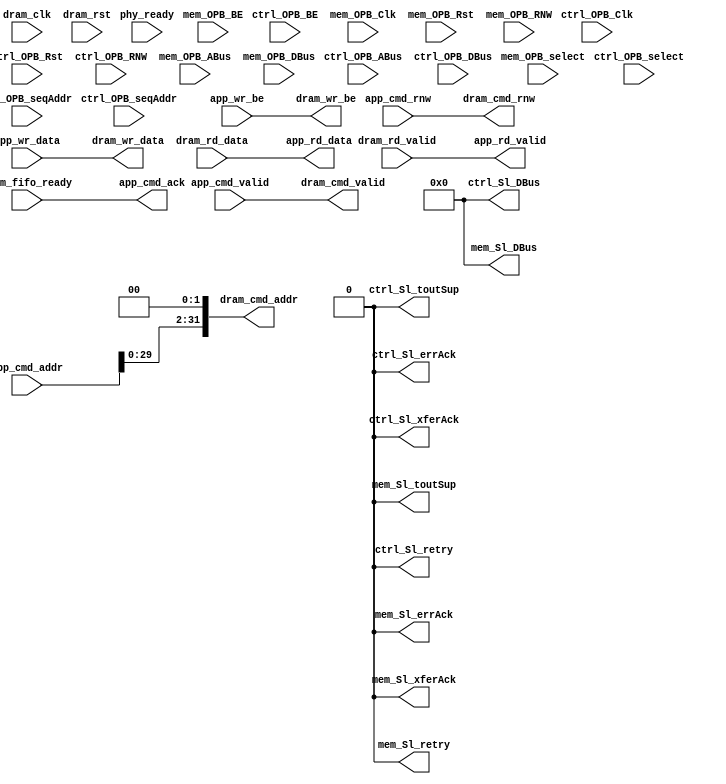
module opb_dram_sniffer #(
    parameter ENABLE          = 0,
    parameter CTRL_C_BASEADDR = 0,
    parameter CTRL_C_HIGHADDR = 0,
    parameter MEM_C_BASEADDR  = 0,
    parameter MEM_C_HIGHADDR  = 0
  )(
    input  ctrl_OPB_Clk,
    input  ctrl_OPB_Rst,
    output [0:31] ctrl_Sl_DBus,
    output ctrl_Sl_errAck,
    output ctrl_Sl_retry,
    output ctrl_Sl_toutSup,
    output ctrl_Sl_xferAck,
    input  [0:31] ctrl_OPB_ABus,
    input  [0:3]  ctrl_OPB_BE,
    input  [0:31] ctrl_OPB_DBus,
    input  ctrl_OPB_RNW,
    input  ctrl_OPB_select,
    input  ctrl_OPB_seqAddr,

    input  mem_OPB_Clk,
    input  mem_OPB_Rst,
    output [0:31] mem_Sl_DBus,
    output mem_Sl_errAck,
    output mem_Sl_retry,
    output mem_Sl_toutSup,
    output mem_Sl_xferAck,
    input  [0:31] mem_OPB_ABus,
    input  [0:3]  mem_OPB_BE,
    input  [0:31] mem_OPB_DBus,
    input  mem_OPB_RNW,
    input  mem_OPB_select,
    input  mem_OPB_seqAddr,

    input  dram_clk,
    input  dram_rst,
    input  phy_ready,

    output  [31:0] dram_cmd_addr,
    output dram_cmd_rnw,
    output dram_cmd_valid,
    output [143:0] dram_wr_data,
    output  [17:0] dram_wr_be,
    input  [143:0] dram_rd_data,
    input  dram_rd_valid,
    input  dram_fifo_ready,

    input   [31:0] app_cmd_addr,
    input  app_cmd_rnw,
    input  app_cmd_valid,
    output app_cmd_ack,
    input  [143:0] app_wr_data,
    input   [17:0] app_wr_be,
    output [143:0] app_rd_data,
    output app_rd_valid
  );
generate if (ENABLE) begin : sniffer_enabled

  wire [15:0] software_address_bits;

  ctrl_opb_attach #(
    .C_BASEADDR   (CTRL_C_BASEADDR),
    .C_HIGHADDR   (CTRL_C_HIGHADDR)
  ) ctrl_opb_attach_inst (
    .OPB_Clk     (ctrl_OPB_Clk),
    .OPB_Rst     (ctrl_OPB_Rst),
    .Sl_DBus     (ctrl_Sl_DBus),
    .Sl_errAck   (ctrl_Sl_errAck),
    .Sl_retry    (ctrl_Sl_retry),
    .Sl_toutSup  (ctrl_Sl_toutSup),
    .Sl_xferAck  (ctrl_Sl_xferAck),
    .OPB_ABus    (ctrl_OPB_ABus),
    .OPB_BE      (ctrl_OPB_BE),
    .OPB_DBus    (ctrl_OPB_DBus),
    .OPB_RNW     (ctrl_OPB_RNW),
    .OPB_select  (ctrl_OPB_select),
    .OPB_seqAddr (ctrl_OPB_seqAddr),

    .software_address_bits (software_address_bits),
    .phy_ready             (phy_ready)
  );

  wire sniff_cmd_en;
  wire sniff_cmd_rnw;
  wire  [31:0] sniff_address;
  wire [143:0] sniff_wr_data;
  wire  [17:0] sniff_wr_be;
  wire [143:0] sniff_rd_data;
  wire sniff_rd_dvld;
  wire sniff_ack;

  mem_opb_attach #(
    .C_BASEADDR   (MEM_C_BASEADDR),
    .C_HIGHADDR   (MEM_C_HIGHADDR)
  ) mem_opb_attach_inst (
    .OPB_Clk     (mem_OPB_Clk),
    .OPB_Rst     (mem_OPB_Rst),
    .Sl_DBus     (mem_Sl_DBus),
    .Sl_errAck   (mem_Sl_errAck),
    .Sl_retry    (mem_Sl_retry),
    .Sl_toutSup  (mem_Sl_toutSup),
    .Sl_xferAck  (mem_Sl_xferAck),
    .OPB_ABus    (mem_OPB_ABus),
    .OPB_BE      (mem_OPB_BE),
    .OPB_DBus    (mem_OPB_DBus),
    .OPB_RNW     (mem_OPB_RNW),
    .OPB_select  (mem_OPB_select),
    .OPB_seqAddr (mem_OPB_seqAddr),

    .dram_clk     (dram_clk),
    .dram_rst     (dram_rst),

    .dram_cmd_en  (sniff_cmd_en),
    .dram_cmd_rnw (sniff_cmd_rnw),
    .dram_wr_data (sniff_wr_data),
    .dram_wr_be   (sniff_wr_be),
    .dram_address (sniff_address),
    .dram_rd_data (sniff_rd_data),
    .dram_rd_dvld (sniff_rd_dvld),
    .dram_ack     (sniff_ack)
  );
  
  wire [31:0] sniff_cmd_address = {software_address_bits[8:0], sniff_address[20:0], 2'b0};
  /* TODO: finalize the software address width */

  /* Pipeline to improve timing, almost full control permit this approach */
  wire [144 - 1:0] dram_wr_data_int;
  wire  [18 - 1:0] dram_wr_be_int;
  wire             dram_cmd_valid_int;
  wire  [32 - 1:0] dram_cmd_addr_int;
  wire             dram_cmd_rnw_int;
  reg  [144 - 1:0] dram_wr_data_reg;
  reg   [18 - 1:0] dram_wr_be_reg;
  reg              dram_cmd_valid_reg;
  reg   [32 - 1:0] dram_cmd_addr_reg;
  reg              dram_cmd_rnw_reg;

  always @(posedge dram_clk) begin
    dram_wr_data_reg   <= dram_wr_data_int;
    dram_wr_be_reg     <= dram_wr_be_int;
    dram_cmd_valid_reg <= dram_cmd_valid_int;
    dram_cmd_addr_reg  <= dram_cmd_addr_int;
    dram_cmd_rnw_reg   <= dram_cmd_rnw_int;
  end
  assign dram_wr_data   = dram_wr_data_reg;
  assign dram_wr_be     = dram_wr_be_reg;
  assign dram_cmd_valid = dram_cmd_valid_reg;
  assign dram_cmd_addr  = dram_cmd_addr_reg;
  assign dram_cmd_rnw   = dram_cmd_rnw_reg;

  dram_arbiter dram_arbiter(
    .clk(dram_clk),
    .rst(dram_rst),

    .master_cmd_addr   (dram_cmd_addr_int),
    .master_cmd_rnw    (dram_cmd_rnw_int),
    .master_cmd_valid  (dram_cmd_valid_int),
    .master_wr_data    (dram_wr_data_int),
    .master_wr_be      (dram_wr_be_int),

    .master_rd_data    (dram_rd_data),
    .master_rd_valid   (dram_rd_valid),
    .master_fifo_ready (dram_fifo_ready),

    .slave1_cmd_addr  (sniff_cmd_address), //already shifted: TODO - should change
    .slave1_cmd_rnw   (sniff_cmd_rnw),
    .slave1_cmd_valid (sniff_cmd_en),
    .slave1_wr_data   (sniff_wr_data),
    .slave1_wr_be     (sniff_wr_be),
    .slave1_rd_data   (sniff_rd_data),
    .slave1_rd_valid  (sniff_rd_dvld),
    .slave1_ack       (sniff_ack),

    .slave0_cmd_addr  (app_cmd_addr << 2),
    .slave0_cmd_rnw   (app_cmd_rnw),
    .slave0_cmd_valid (app_cmd_valid),
    .slave0_wr_data   (app_wr_data),
    .slave0_wr_be     (app_wr_be),
    .slave0_rd_data   (app_rd_data),
    .slave0_rd_valid  (app_rd_valid),
    .slave0_ack       (app_cmd_ack)
  );

end else begin : sniffer_disabled
    assign ctrl_Sl_DBus    = 32'b0;
    assign ctrl_Sl_errAck  = 1'b0;
    assign ctrl_Sl_retry   = 1'b0;
    assign ctrl_Sl_toutSup = 1'b0;
    assign ctrl_Sl_xferAck = 1'b0;

    assign mem_Sl_DBus    = 32'b0;
    assign mem_Sl_errAck  = 1'b0;
    assign mem_Sl_retry   = 1'b0;
    assign mem_Sl_toutSup = 1'b0;
    assign mem_Sl_xferAck = 1'b0;

    assign dram_cmd_addr  = app_cmd_addr << 2;
    assign dram_cmd_rnw   = app_cmd_rnw;
    assign dram_cmd_valid = app_cmd_valid;
    assign dram_wr_data   = app_wr_data;
    assign dram_wr_be     = app_wr_be;
    assign app_rd_data    = dram_rd_data;
    assign app_rd_valid   = dram_rd_valid;

    assign app_cmd_ack    = dram_fifo_ready;

end endgenerate

endmodule